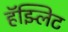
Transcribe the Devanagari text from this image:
हॅझ्लिट